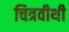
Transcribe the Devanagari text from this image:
चित्रवीथी